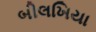
બીલખિયા